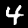
Digit: 4